Vaccination North-Western Provinces 1866-1877 - 1866-1877
Year: 1866
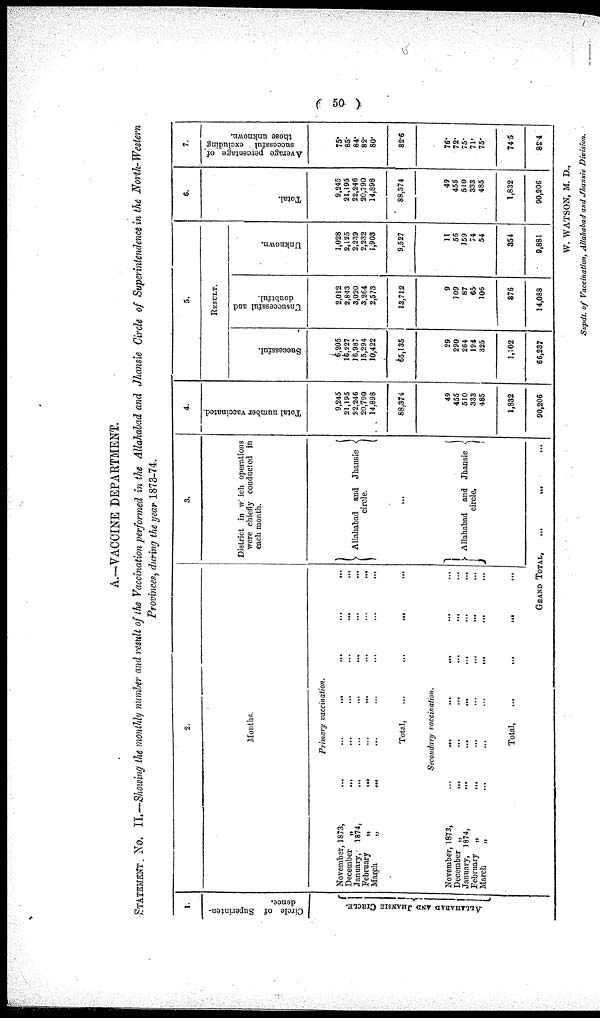
( 50 )
A.—VACCINE DEPARTMENT.
STATEMENT No. II.—Showing the monthly number and result of the Vaccination performed in the Allahabad and Jhansie Circle of Superintendence in the North- Western
Provinces, during the year 1873-74.
1.
Circle of Superinten-
dence.
ALLAHABAD AND JHANSIE CIRCLE.
2.
Months.
Primary vaccination.
November, 1873,
...
...
...
...
...
...
December „
...
...
...
...
...
...
January, 1874,
...
...
...
...
...
...
February„
...
...
...
...
...
...
March
„
...
...
...
...
...
...
Total,
...
...
...
...
Secondary vaccination.
November, 1873,
...
...
...
...
...
...
December „
...
...
...
...
...
...
January, 1874,
...
...
...
...
...
...
February „
...
...
...
...
...
...
March
„
...
...
...
...
...
...
Total,
...
...
...
...
3.
District in which operations
were chiefly conducted in
each month.
Allahabad and Jhansie
circle.
...
Allahabad and Jhansie
circle.
GRAND TOTAL,
... ... ...
4.
Total number vaccinated.
9,245
21,195
22,246
20,790
14,898
88,374
49
455
510
333
485
1,832
90,206
5.
RESULT.
Successful.
6,205
16,227
16,987
15,294
10,422
65,135
29
290
264
194
325
1,102
66,237
Unsuccessful and
doubtful.
2,012
2,843
3,020
3,264
2,573
13,712
9
109
87
65
106
376
14,088
Unknown.
1,028
2,125
2,239
2,232
1,903
9,527
11
56
159
74
54
354
9,881
6.
Total.
9,245
21,195
22,246
20,790
14,898
88,374
49
455
510
333
485
1,832
90,206
7.
Average percentage of
successful excluding
those unknown.
75.
85.
84.
82.
80.
82.6
76.
72.
75.
71.
75.
74.5
82.4
W. WATSON, M. D.,
Supdt. of Vaccination, Allahabad and Jhansie Division.